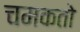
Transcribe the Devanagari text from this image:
चमकतो